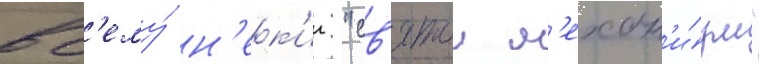
вс'ему́ н'ек'ии "св'ятои м'ехан'и́зм"